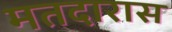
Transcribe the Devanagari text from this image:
मतदारास